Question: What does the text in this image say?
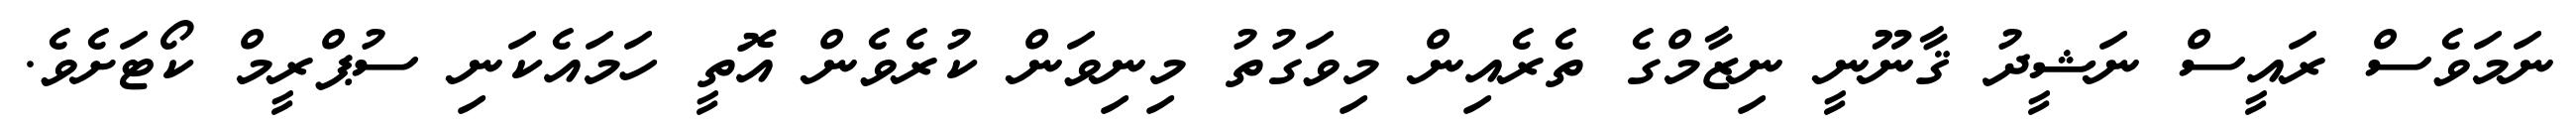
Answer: ނަމަވެސް ރައީސް ނަޝީދު ޤާނޫނީ ނިޒާމްގެ ތެރެއިން މިވަގުތު މިނިވަން ކުރެވެން އޮތީ ހަމައެކަނި ސުޕްރީމް ކޯޓަށެވެ.